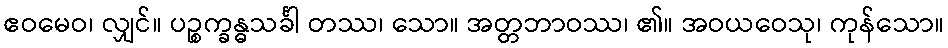
ဧဝမေဝ၊ လျှင်။ ပဉ္စက္ခန္ဓသင်္ခါ တဿ၊ သော။ အတ္တဘာဝဿ၊ ၏။ အဝယဝေသု၊ ကုန်သော။